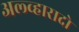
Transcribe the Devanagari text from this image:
अल्व्हारादो